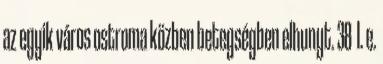
az egyik város ostroma közben betegségben elhunyt. 38 I. e.